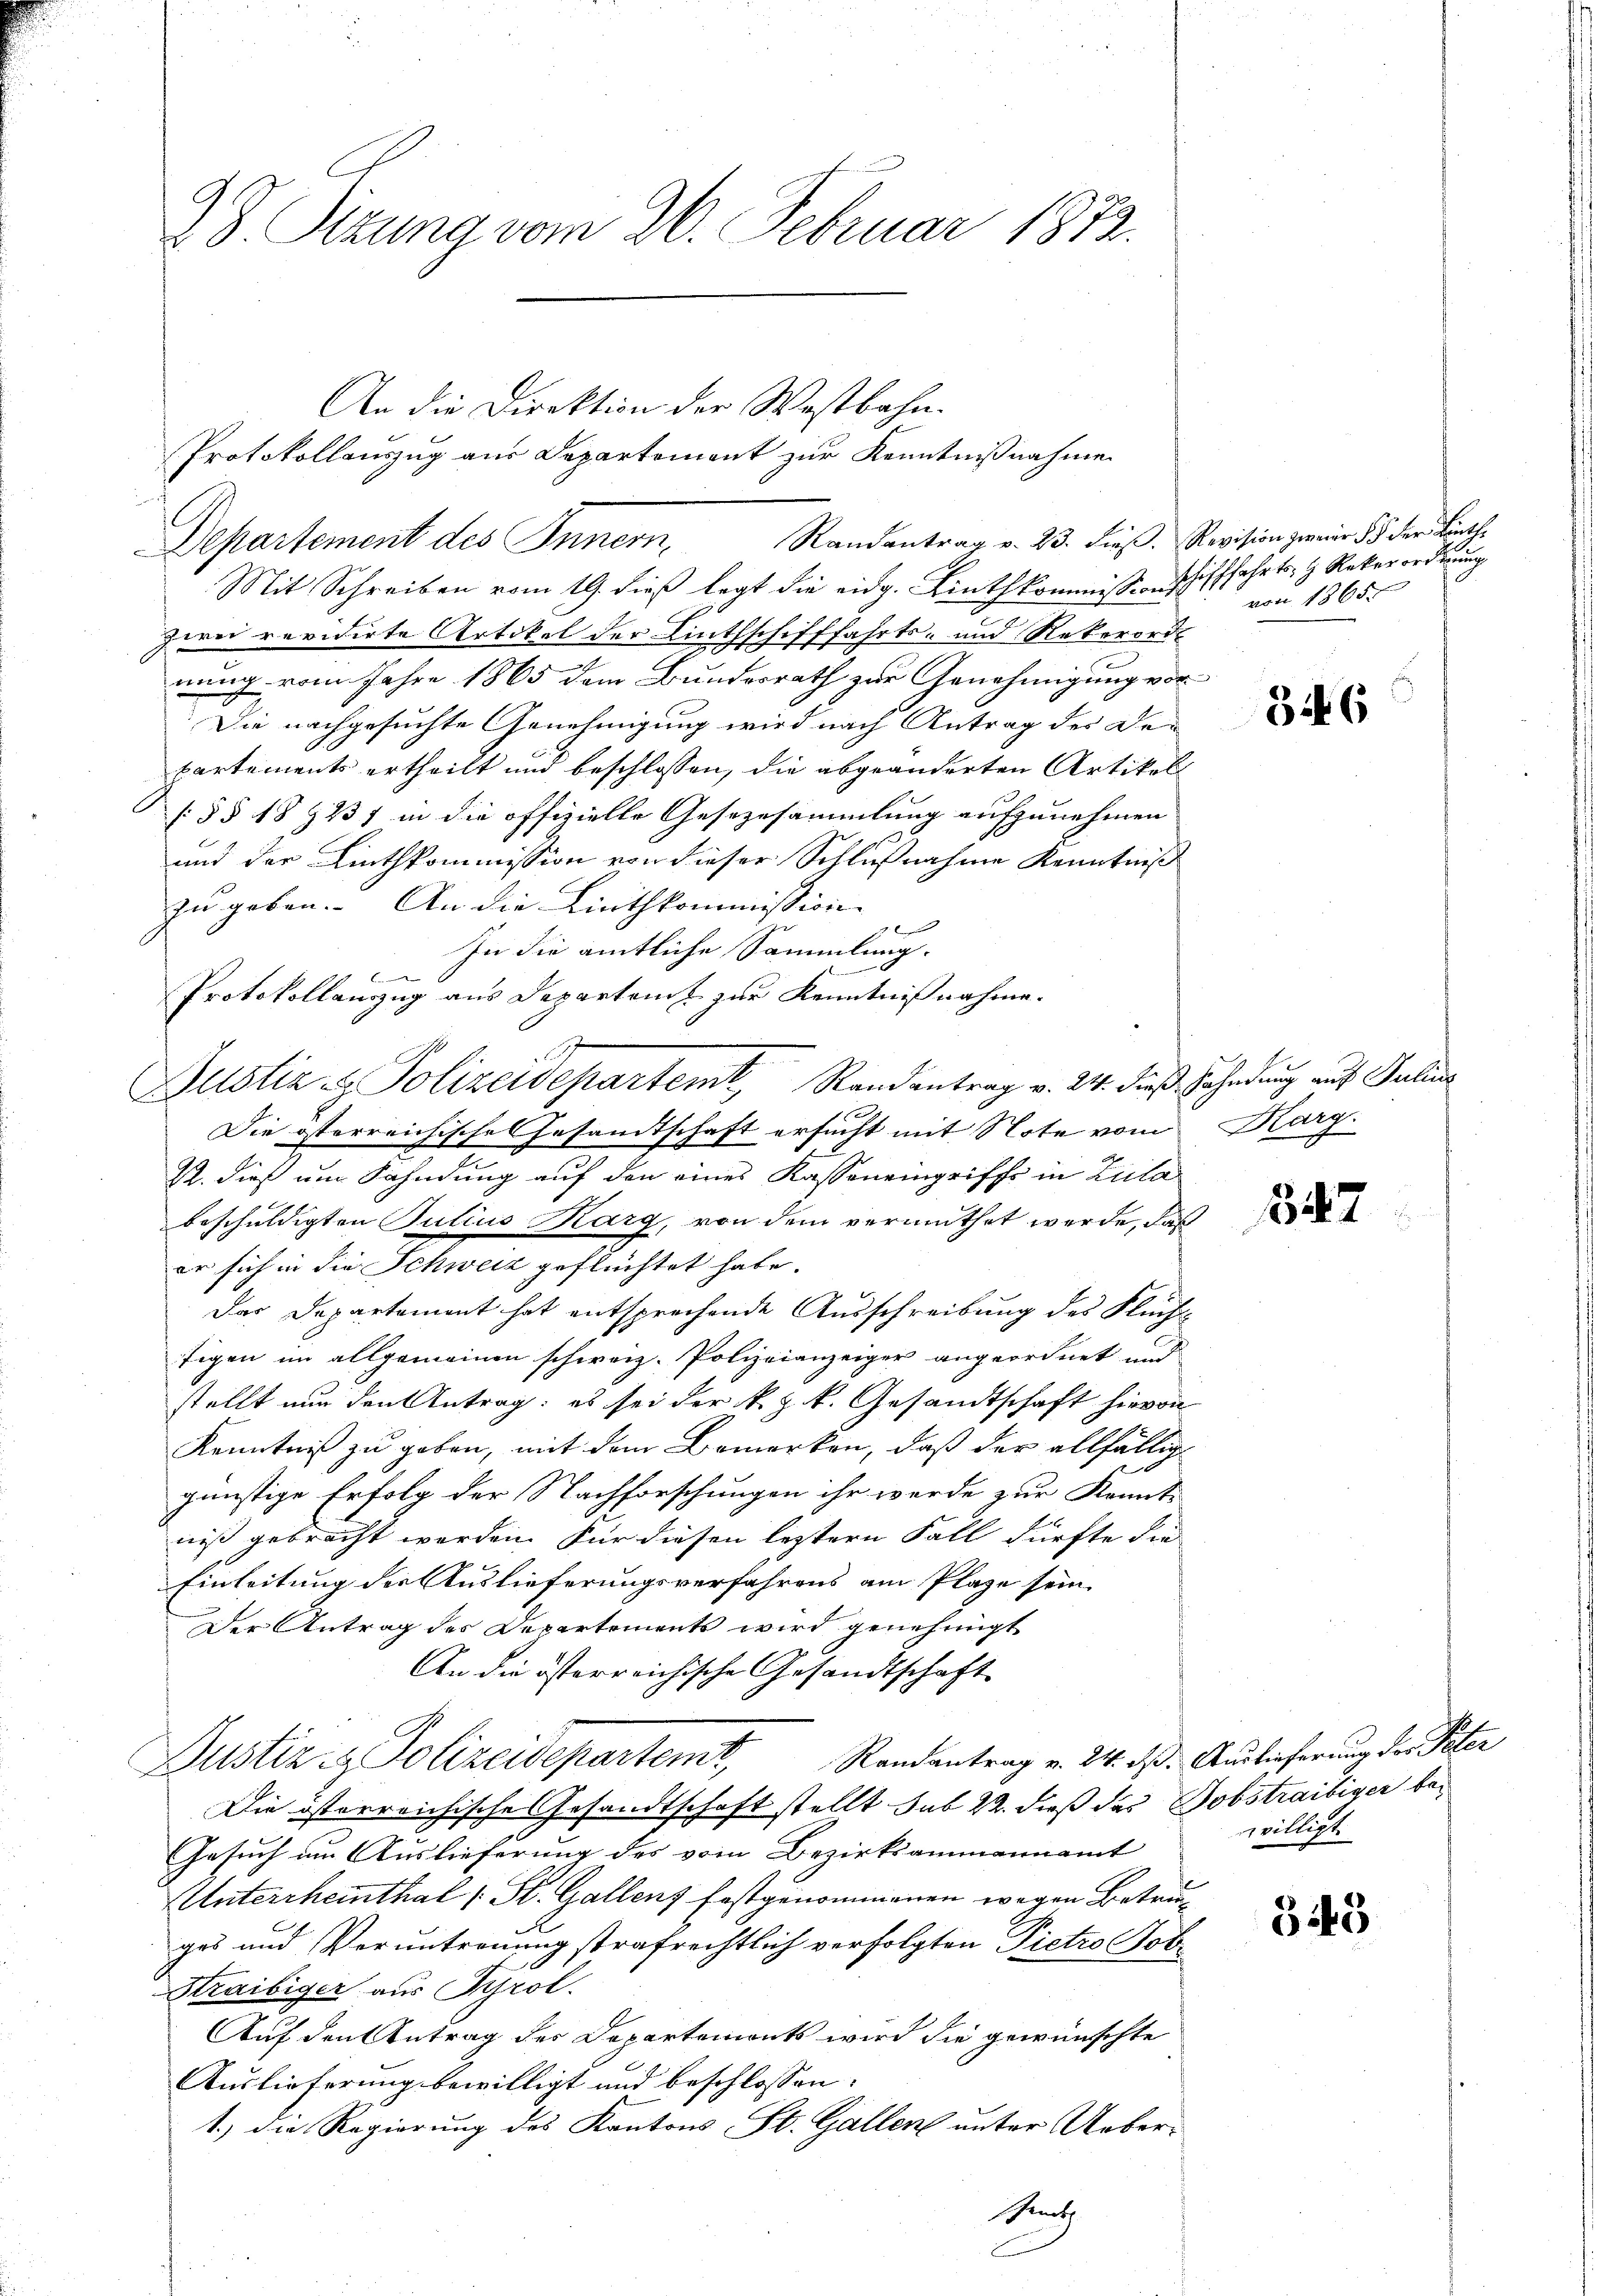
2 S. Sizung vom 26. Februar 1832.

An die Direktion der Westbahn.
Departement des Innern,
Mit Schreiben vom 19. dieß legt die eidg. Linthkommissionschifffahrts, z. Rekerordnung
zwei revidirte Artikel der Linthschifffahrts- und Nekerord
s
nung vom Jahre 1865 dem Bundesrath zur Genehmigung vor
Die nachgesuchte Genehmigung wird nach Antrag der Departements ertheilt und beschlossen, die abgeänderten Artikel
§ §§ 18 § 237 in die offizielle Gesezesammlung aufzunehmen
und der Linthkommission von dieser Schlußnahme Kenntniß
zu geben. An die Linthkommission- |

In die amtliche Sammlung.
Die österreichische Gesandtschaft ersucht mit Note vom Karg.
R. dieß um Fahndung auf den eines Kasseneingriffe in Zula
beschuldigten Julius Marg, von dem vermuthet werde, daß
er sich in die Schweiz geflüchtet habe.
Das Departament hat entsprechende Ausschreibung des Flüchfigen im allgemeinen schweiz. Polizeianzeiger angeordnet und
stellt nur den Antrag: es sei der k. J. k. Gesandtschaft hievon
Kenntniß zu geben, mit dem Bemerken, daß der allfällig
günstige Erfolg der Nachforschungen ihr werde zur Kennt-
niß gebracht werden. Für diesen leztern Fall dürfte die
Einleitung der Auslieferungsverfahrens am Plaze sein.
Der Antrag des Departements wird genehmigt
An die österreichische Gesandtschaft
Justiz- & Polizeidepartemt, Randantrag v. 24. ds. Auslieferung der Peter
Die österreichische Gesandtschaft stellt sub 22. dieß das Jobstraibiger be¬
.
Gesuch um Auslieferung des vom Bezirksammannamt
Untercheinthal (: St. Gallenz festgenommenen wegen Betruges und Veruntreuung strafrechtlich verfolgten Pietro Pote
Straibiger aus Tyrol.
Auf den Antrag des Departements wird die gewünschte
Auslieferung bewilligt und beschlossen:
1.) Die Regierung des Kantons St. Gallen unter Ueber¬

Protokollanzug aus Departem zur Kenntnißnahme.
F
Altstiz- & Polizeidepartem Randantrag v. 24. dieß Fahndung auf Julius

Protokollauszug aus Departement zur Kenntnißnahme
Randantrag v. 23. dieß. Revision zweier § 5 der Linthe

Sitz

von 1865

346

47

willigt.

343